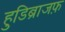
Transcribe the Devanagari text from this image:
हुडिब्राजफ़